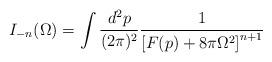
LaTeX: \begin{align*}I_{-n}(\Omega)=\int\frac{d^2p}{(2\pi)^2}\frac{1}{\left[F(p) +8\pi\Omega^2\right]^{n+1}}\end{align*}